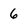
Character: 6